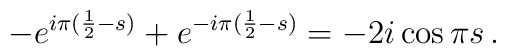
-e^{i\pi(\frac 1 2-s)} +e^{-i\pi(\frac 1 2-s)} = -2i\cos \pi s\,.